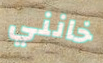
خانني